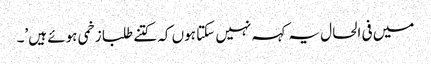
میں فی الحال یہ کہہ نہیں سکتا ہوں کہ کتنے طلبا زخمی ہوئے ہیں’۔